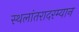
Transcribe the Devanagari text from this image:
स्थलांतरादरम्यान